65_HS1-834228961_62-HQ-83894_Section_8
Agency: FBI
Page 65
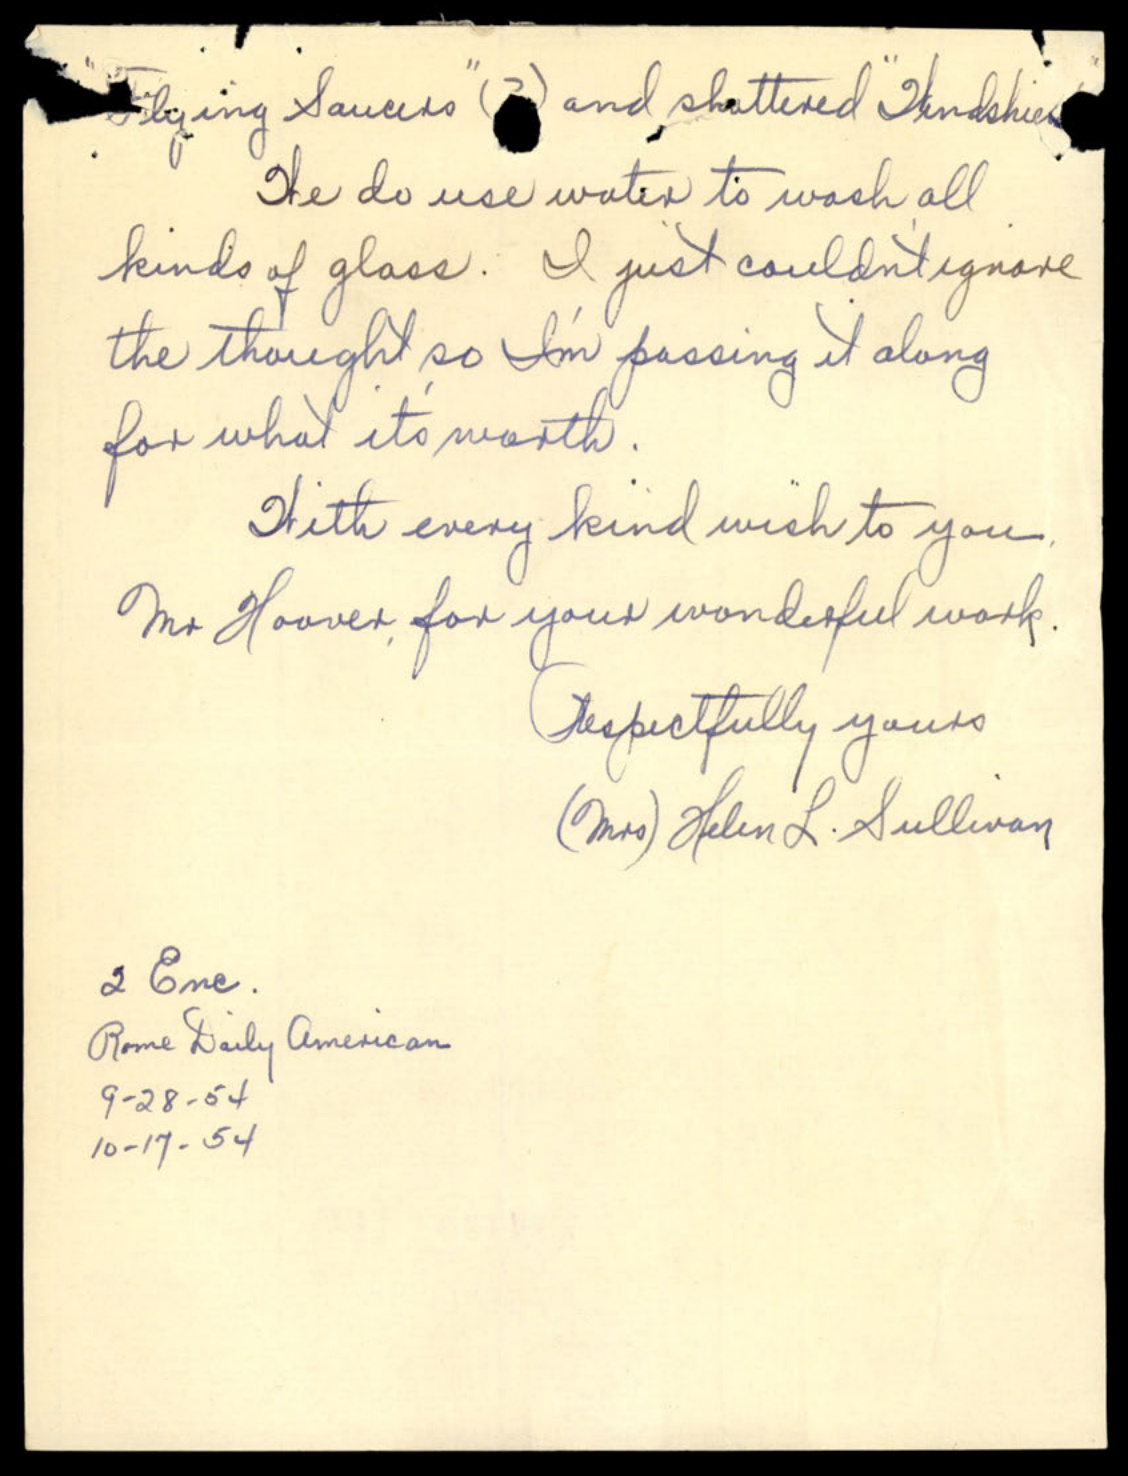